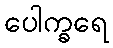
ပေါက္ခရေ